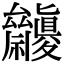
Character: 𥜷